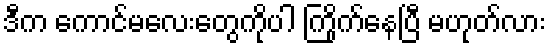
ဒီက ကောင်မလေးတွေကိုပါ ကြိုက်နေပြီ မဟုတ်လား